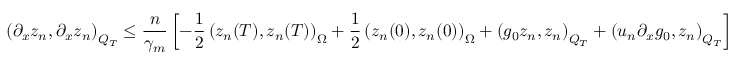
\left( \partial _ { x } z _ { n } , \partial _ { x } z _ { n } \right) _ { Q _ { T } } \leq \frac { n } { \gamma _ { m } } \left[ - \frac { 1 } { 2 } \left( z _ { n } ( T ) , z _ { n } ( T ) \right) _ { \Omega } + \frac { 1 } { 2 } \left( z _ { n } ( 0 ) , z _ { n } ( 0 ) \right) _ { \Omega } + \left( g _ { 0 } z _ { n } , z _ { n } \right) _ { Q _ { T } } + \left( u _ { n } \partial _ { x } g _ { 0 } , z _ { n } \right) _ { Q _ { T } } \right]